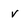
Character: v